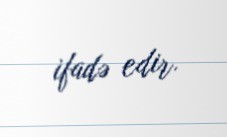
ifadə edir.